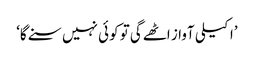
’اکیلی آواز اٹھےگی تو کوئی نہیں سنے گا‘